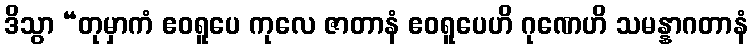
ဒိသွာ “တုမှာကံ ဧဝရူပေ ကုလေ ဇာတာနံ ဧဝရူပေဟိ ဂုဏေဟိ သမန္နာဂတာနံ